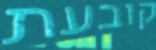
קובעת